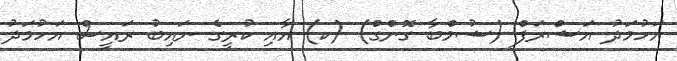
އަހުމަދު އަޝްރަފް (ޝުމްބާ ގޮންގް) (ކ) އާއި ކުރީގެ ނައިބު ރައީސް އަހުމަދު